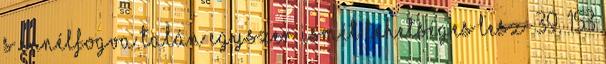
s ennélfogva talán egyszer ismét lehetséges lesz” 39. 153